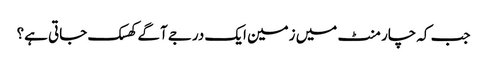
جب کہ چار منٹ میں زمین ایک درجے آگے کھسک جاتی ہے؟